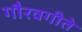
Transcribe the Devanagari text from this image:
गौरवगीते